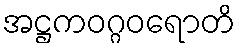
အဋ္ဌကဝဂ္ဂဝရောတိ